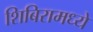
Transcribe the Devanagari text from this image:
शिबिरामध्ये